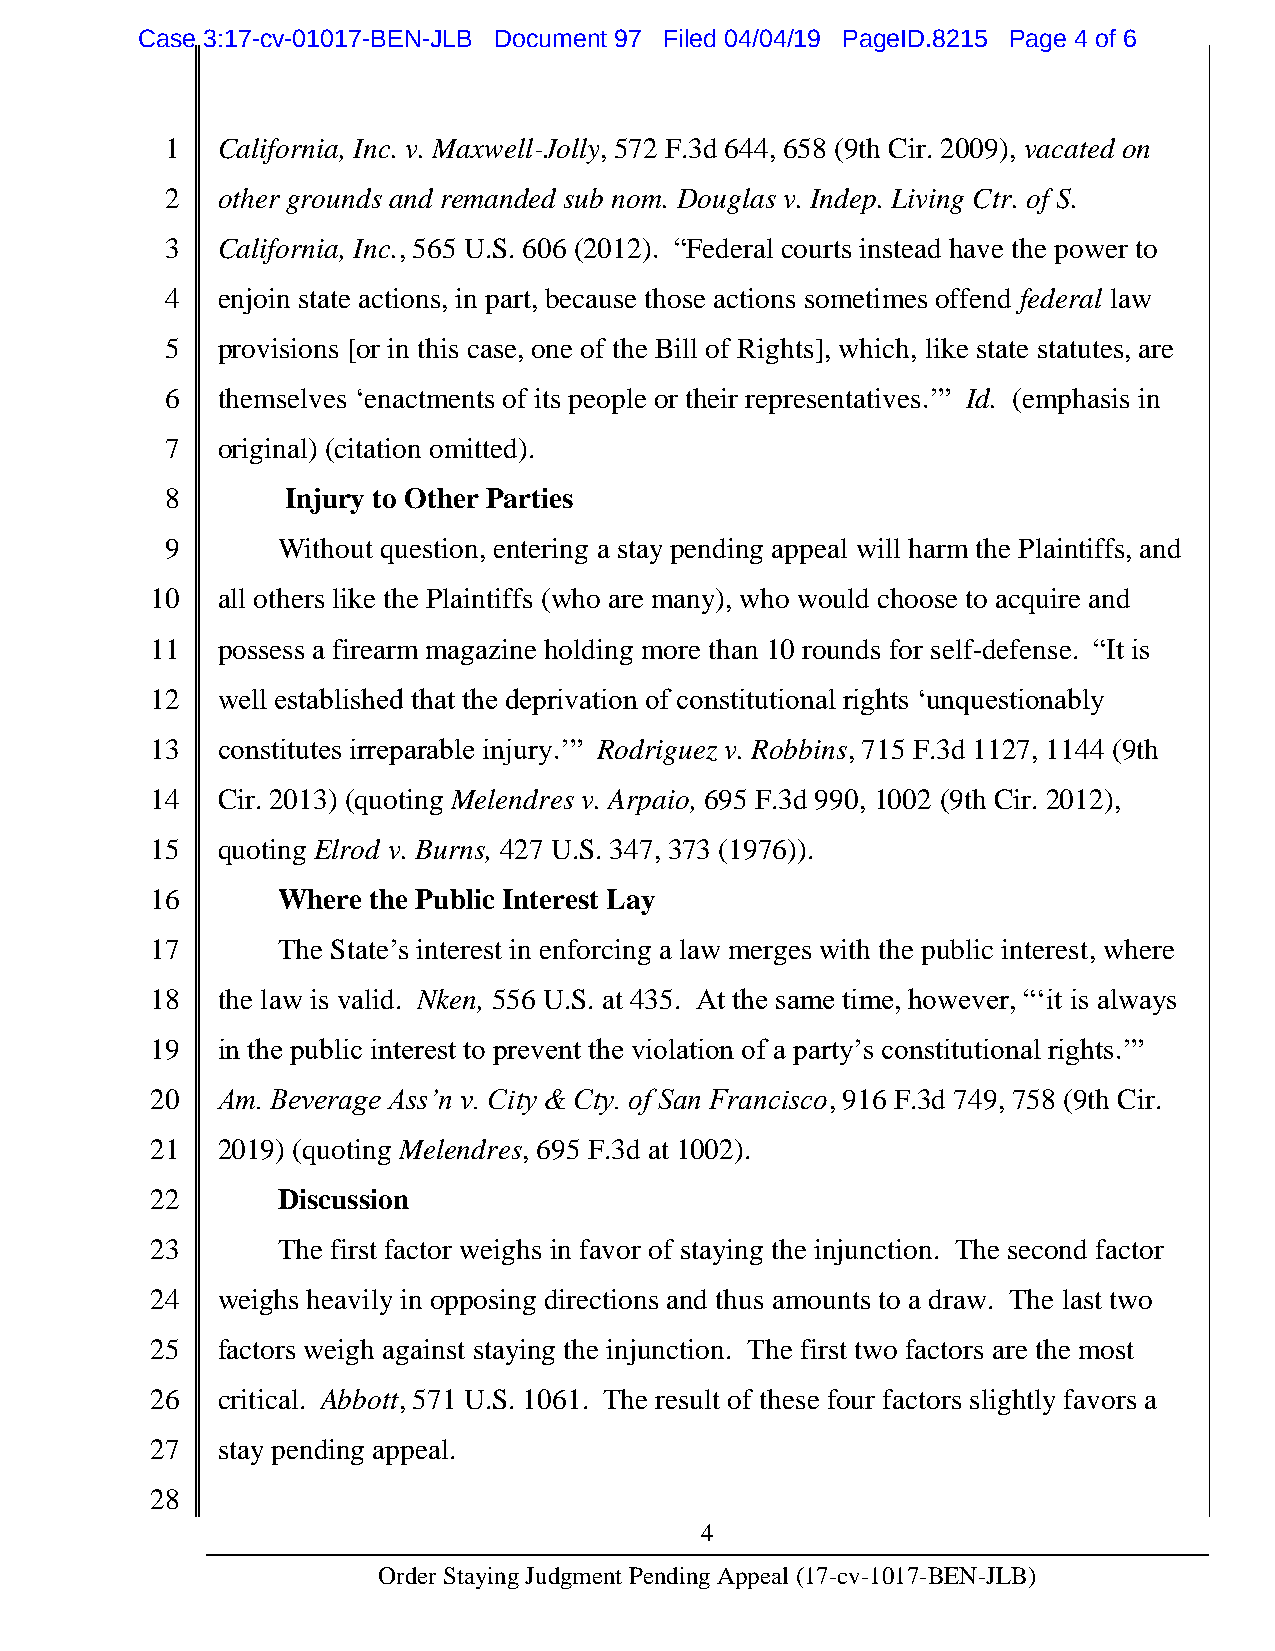
Case 3:17-cv-01017-BEN-JLB Document 97 Filed 04/04/19 PageID.8215 Page 4 of 6
 1  California, Inc. v. Maxwell-Jolly, 572 F.3d 644, 658 (9th Cir. 2009), vacated on
 2  other grounds and remanded sub nom. Douglas v. Indep. Living Ctr. of S.
 3  California, Inc., 565 U.S. 606 (2012). “Federal courts instead have the power to
 4  enjoin state actions, in part, because those actions sometimes offend federal law
 5  provisions [or in this case, one of the Bill of Rights], which, like state statutes, are
 6  themselves ‘enactments of its people or their representatives.’” Id. (emphasis in
 7  original) (citation omitted).
 8       Injury to Other Parties
 9      Without question, entering a stay pending appeal will harm the Plaintiffs, and
 10  all others like the Plaintiffs (who are many), who would choose to acquire and
 11  possess a firearm magazine holding more than 10 rounds for self-defense. “It is
 12  well established that the deprivation of constitutional rights ‘unquestionably
 13  constitutes irreparable injury.’” Rodriguez v. Robbins, 715 F.3d 1127, 1144 (9th
 14  Cir. 2013) (quoting Melendres v. Arpaio, 695 F.3d 990, 1002 (9th Cir. 2012),
 15  quoting Elrod v. Burns, 427 U.S. 347, 373 (1976)).
 16      Where the Public Interest Lay
 17      The State’s interest in enforcing a law merges with the public interest, where
 18  the law is valid. Nken, 556 U.S. at 435. At the same time, however, “‘it is always
 19  in the public interest to prevent the violation of a party’s constitutional rights.’”
 20  Am. Beverage Ass’n v. City & Cty. of San Francisco, 916 F.3d 749, 758 (9th Cir.
 21  2019) (quoting Melendres, 695 F.3d at 1002).
 22      Discussion
 23      The first factor weighs in favor of staying the injunction. The second factor
 24  weighs heavily in opposing directions and thus amounts to a draw. The last two
 25  factors weigh against staying the injunction. The first two factors are the most
 26  critical. Abbott, 571 U.S. 1061. The result of these four factors slightly favors a
 27  stay pending appeal.
 28
 4
 Order Staying Judgment Pending Appeal (17-cv-1017-BEN-JLB)